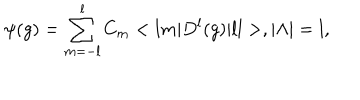
LaTeX: \psi ( g ) = \sum _ { m = - l } ^ { l } C _ { m } < l m | D ^ { l } ( g ) | l l > , | { \Lambda } | = l ,